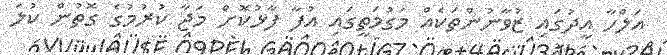
އަލްހާ އީދުގައި ޒުވާނުންތަކެއް މަގުމަތީގައި އުފާ ފާޅުކޮށް މަޖާ ކުރުމުގެ ގޮތުން ކުލަ